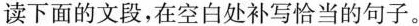
读下面的文段，在空白处补写恰当的句子。